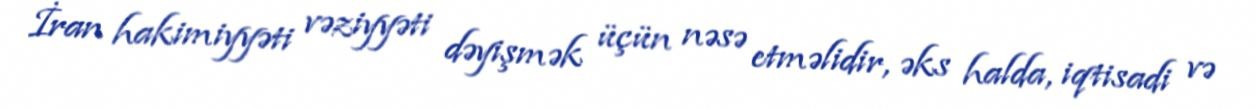
İran hakimiyyəti vəziyyəti dəyişmək üçün nəsə etməlidir, əks halda, iqtisadi və